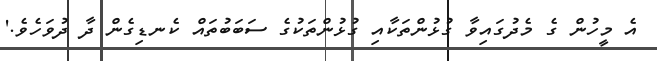
އެ މީހުން ގެ މެދުގައިވާ ގުޅުންތަކާއި ގުޅުންތަކުގެ ސަބަބުތައް ކެނޑިގެން ދާ ދުވަހެވެ.'